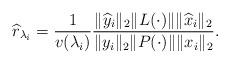
LaTeX: \begin{align*} \widehat r_{\lambda_i}=\frac{1}{v(\lambda_i)}\frac{\|\widehat y_i\|_2\|L(\cdot)\|\|\widehat x_i\|_2}{\|y_i\|_2\|P(\cdot)\|\|x_i\|_2}. \end{align*}